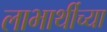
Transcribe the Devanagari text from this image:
लाभार्थीच्या